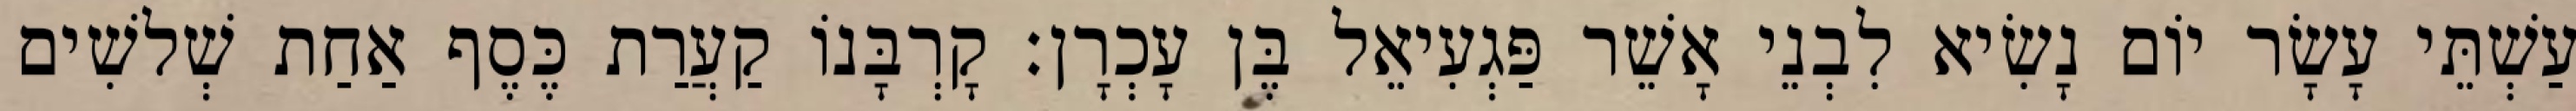
עַשְׁתֵּי עָשָׂר יוֹם נָשִׂיא לִבְנֵי אָשֵׁר פַּגְעִיאֵל בֶּן עָכְרָן׃ קָרְבָּנוֹ קַעֲרַת כֶּסֶף אַחַת שְׁלשִׁים